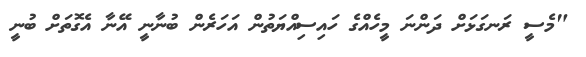
"މެސީ ރަނގަޅަށް ދަންނަ މީހެއްގެ ހައިސިއްޔަތުން އަހަރެން ބުނާނީ އޭނާ އެގޮތަށް ބުނީ